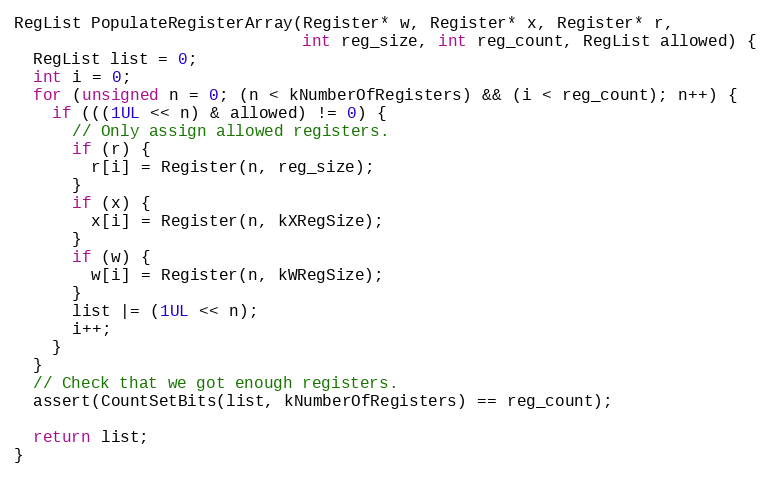
Language: C++
RegList PopulateRegisterArray(Register* w, Register* x, Register* r,
                              int reg_size, int reg_count, RegList allowed) {
  RegList list = 0;
  int i = 0;
  for (unsigned n = 0; (n < kNumberOfRegisters) && (i < reg_count); n++) {
    if (((1UL << n) & allowed) != 0) {
      // Only assign allowed registers.
      if (r) {
        r[i] = Register(n, reg_size);
      }
      if (x) {
        x[i] = Register(n, kXRegSize);
      }
      if (w) {
        w[i] = Register(n, kWRegSize);
      }
      list |= (1UL << n);
      i++;
    }
  }
  // Check that we got enough registers.
  assert(CountSetBits(list, kNumberOfRegisters) == reg_count);

  return list;
}